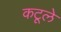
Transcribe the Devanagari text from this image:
कटूले